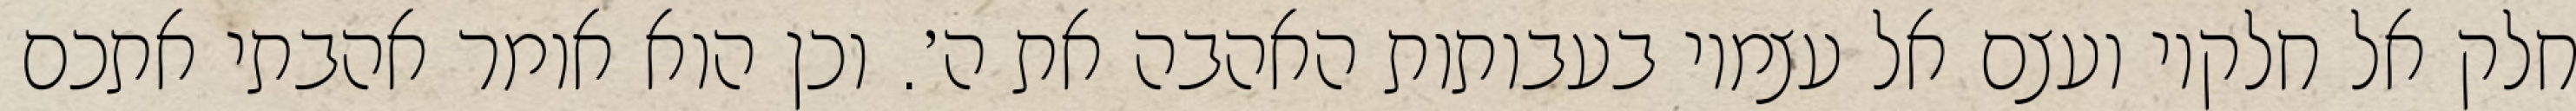
חלק אל חלקיו ועצם אל עצמיו בעבותות האהבה את ה׳. וכן הוא אומר אהבתי אתכם